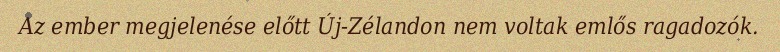
Az ember megjelenése előtt Új-Zélandon nem voltak emlős ragadozók.